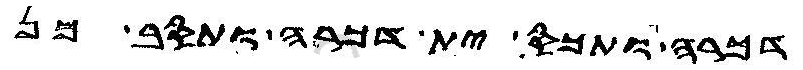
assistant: דכרה ותכס ית דכרה ותסב מן